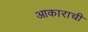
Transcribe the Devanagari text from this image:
आकाराचीं